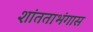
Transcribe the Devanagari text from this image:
शांतताभंगास